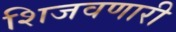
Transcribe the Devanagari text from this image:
शिजवणारी